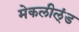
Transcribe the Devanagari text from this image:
मेकलील्ंड